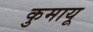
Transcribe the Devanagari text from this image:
कुमायू